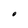
Character: O